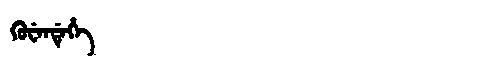
Manchu: ᡤᡠᠸᡝᠨᡩᡝᡥᡝ
Romanization: GUWENDEHE